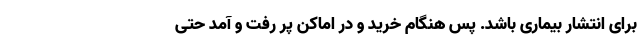
برای انتشار بیماری باشد. پس هنگام خرید و در اماکن پر رفت و آمد حتی